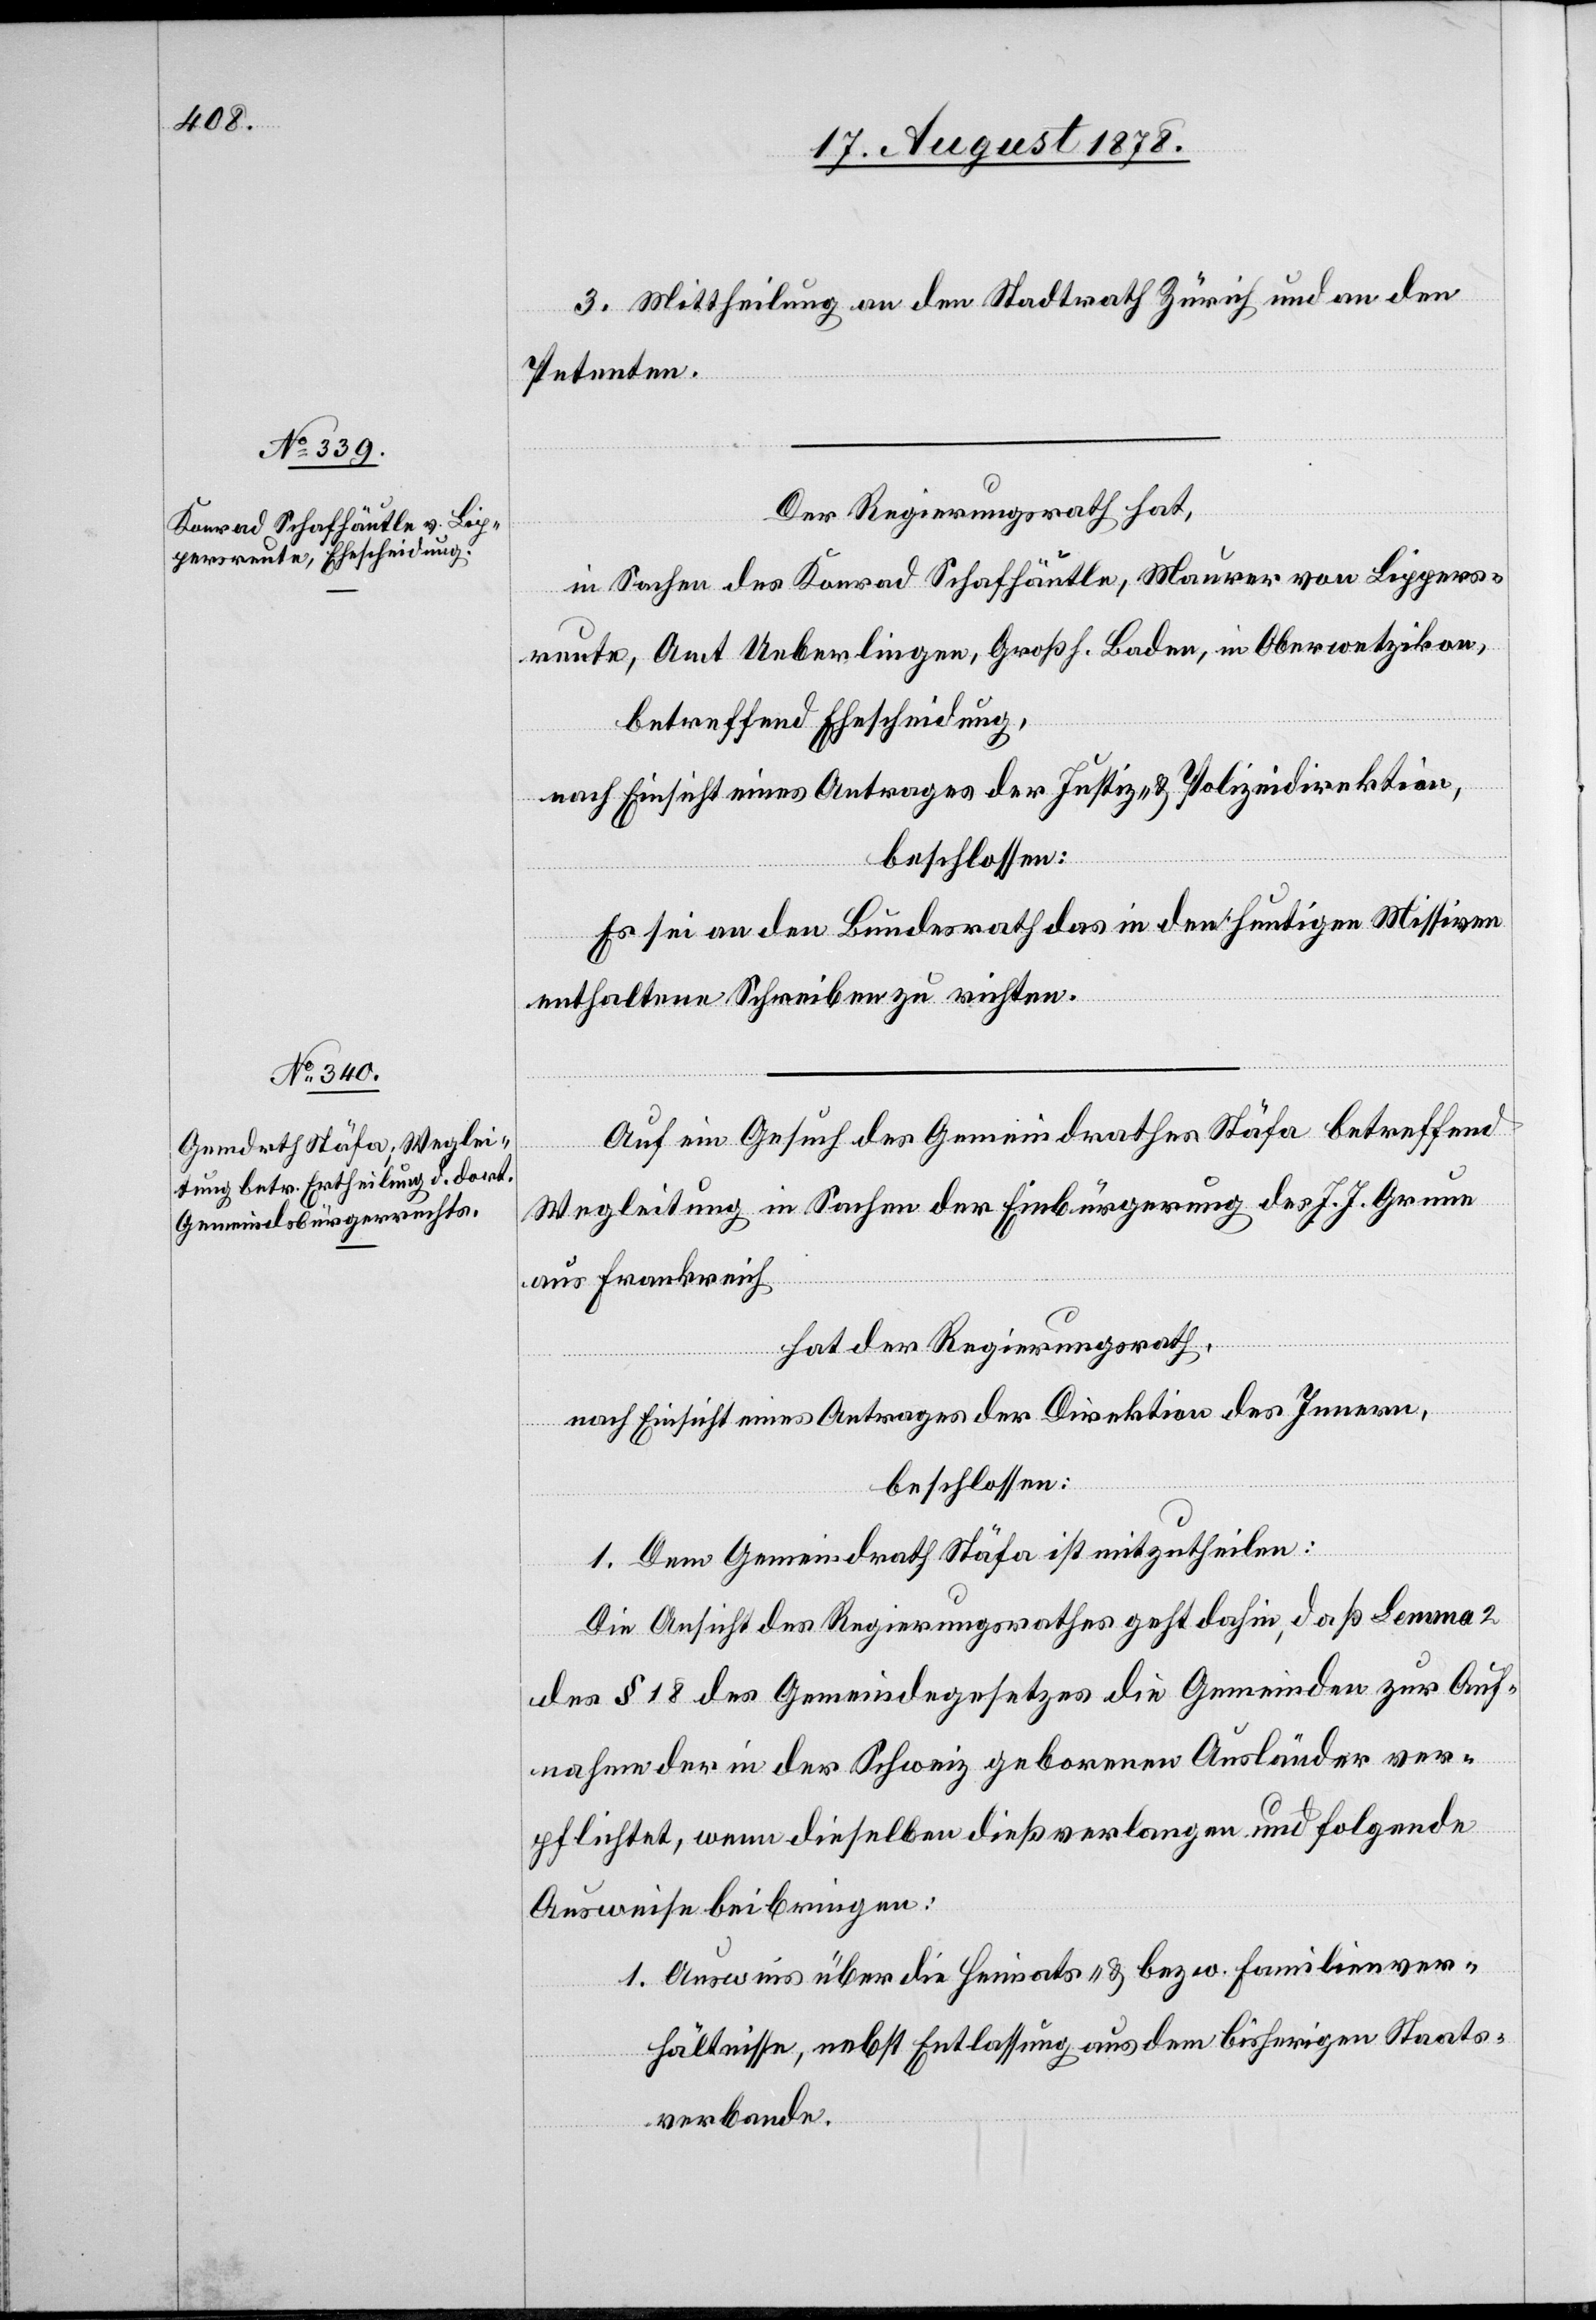
3. Mittheilung an den Stadtrath Zürich und an den
Petenten.
Der Regierungsrath hat,
in Sachen des Konrad Schafhäntle, Maurer von Lippers¬
reute, Amt Ueberlingen, Großh. Baden, in Oberwetzikon,
betreffend Ehescheidung,
nach Einsicht eines Antrages der Justiz- & Polizeidirektion,
beschlossen:
Es sei an den Bundesrath das in den heutigen Missiven
enthaltene Schreiben zu richten.
Auf ein Gesuch des Gemeindrathes Stäfa betreffend
Wegleitung in Sachen der Einbürgerung des J. J. Gruen
aus Frankreich
hat der Regierungsrath,
nach Einsicht eines Antrages der Direktion des Innern,
beschlossen:
1. Dem Gemeindrath Stäfa ist mitzutheilen:
Die Ansicht des Regierungsrathes geht dahin, daß Lemma 2
des § 18 des Gemeindegesetzes die Gemeinden zur Auf¬
nahme der in der Schweiz geborenen Ausländer ver¬
pflichtet, wenn dieselben dieß verlangen und folgende
Ausweise beibringen:
1. Ausweis über die Heimats- & bezw. Familienver¬
hältnisse, nebst Entlassung aus dem bisherigen Staats¬
verbande.